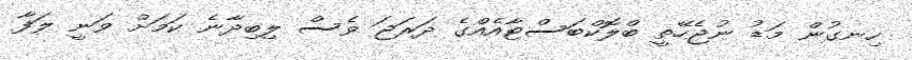
ހިނގުން މަޑު ނުޖެހޭތީ ބްލޮކްބަސްޓާއެއްގެ ދަރަޖަ ވެސް ލިބިދާނެ ކަމަށް ވަނީ ލަފާ